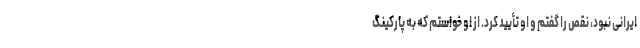
ایرانی نبود، نقص را گفتم و او تأیید کرد. از او خواستم که به پارکینگ